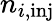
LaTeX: n_{i,\mathrm{inj}}